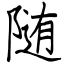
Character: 随